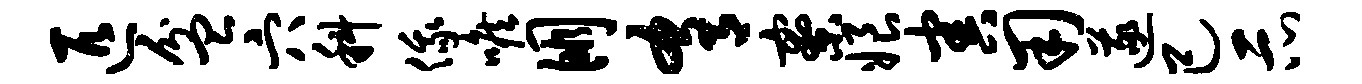
匹盆穴科俄喉朋肴寮娘害用遂己示